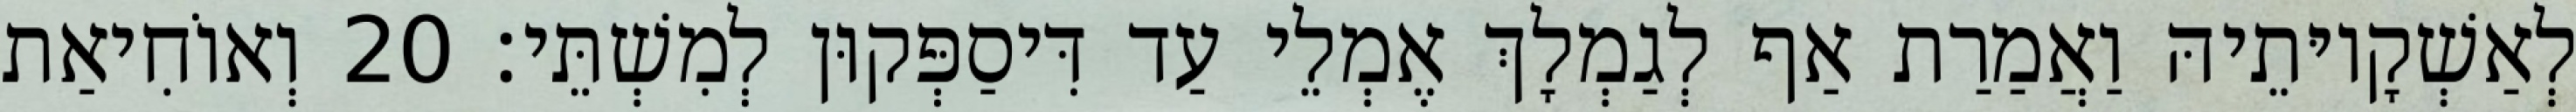
לְאַשְׁקָיוּתֵיהּ וַאֲמַרַת אַף לְגַמְלָךְ אֶמְלֵי עַד דִּיסַפְּקוּן לְמִשְׁתֵּי׃ 20 וְאוֹחִיאַת